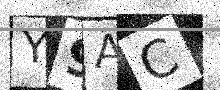
Text: Y9AC